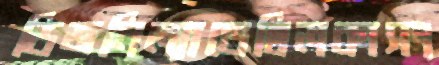
ডিজনিল্যান্ডেছিলকাসং